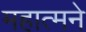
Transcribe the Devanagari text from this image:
महात्मने